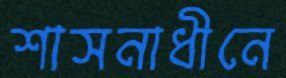
শাসনাধীনে